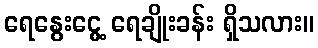
ရေနွေးငွေ့ ရေချိုးခန်း ရှိသလား။